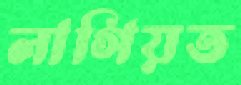
লাগিয়ত